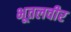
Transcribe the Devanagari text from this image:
भूतलवीर